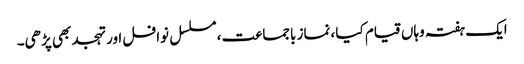
ایک ہفتہ وہاں قیام کیا ،نماز باجماعت ،مسلسل نوافل اور تہجد بھی پڑھی۔